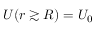
U ( r \gtrsim R ) = U _ { 0 }